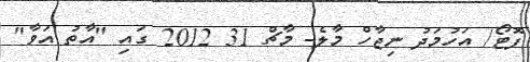
ފޮޓޯ/ އަހުމަދު ނިޖާހް މާލެ- މާޗް 31 2012 ގައި "އާތު އަވާ"